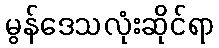
မွန်ဒေသလုံးဆိုင်ရာ